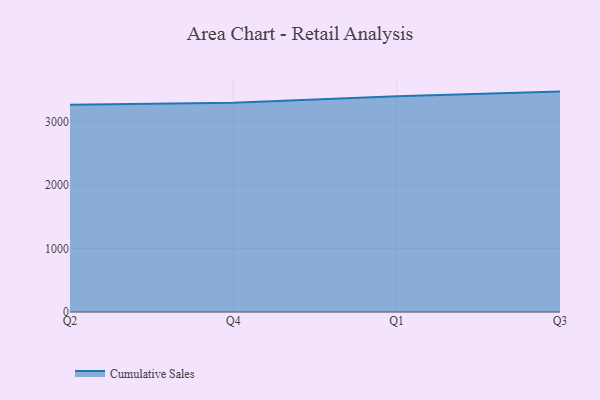
{"axis": {"x": "Quarter", "y": "Humidity (%)"}, "legend": ["Cumulative Sales"], "data": [{"x": "Q2", "y": 3267.4, "type": "Cumulative Sales"}, {"x": "Q4", "y": 3297.9, "type": "Cumulative Sales"}, {"x": "Q1", "y": 3398.7, "type": "Cumulative Sales"}, {"x": "Q3", "y": 3472.8, "type": "Cumulative Sales"}]}